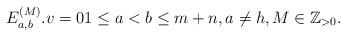
LaTeX: \begin{align*}E_{a,b}^{(M)}.v= 0 1\leq a< b\leq m+n, a\neq h, M\in\mathbb Z_{>0}.\end{align*}